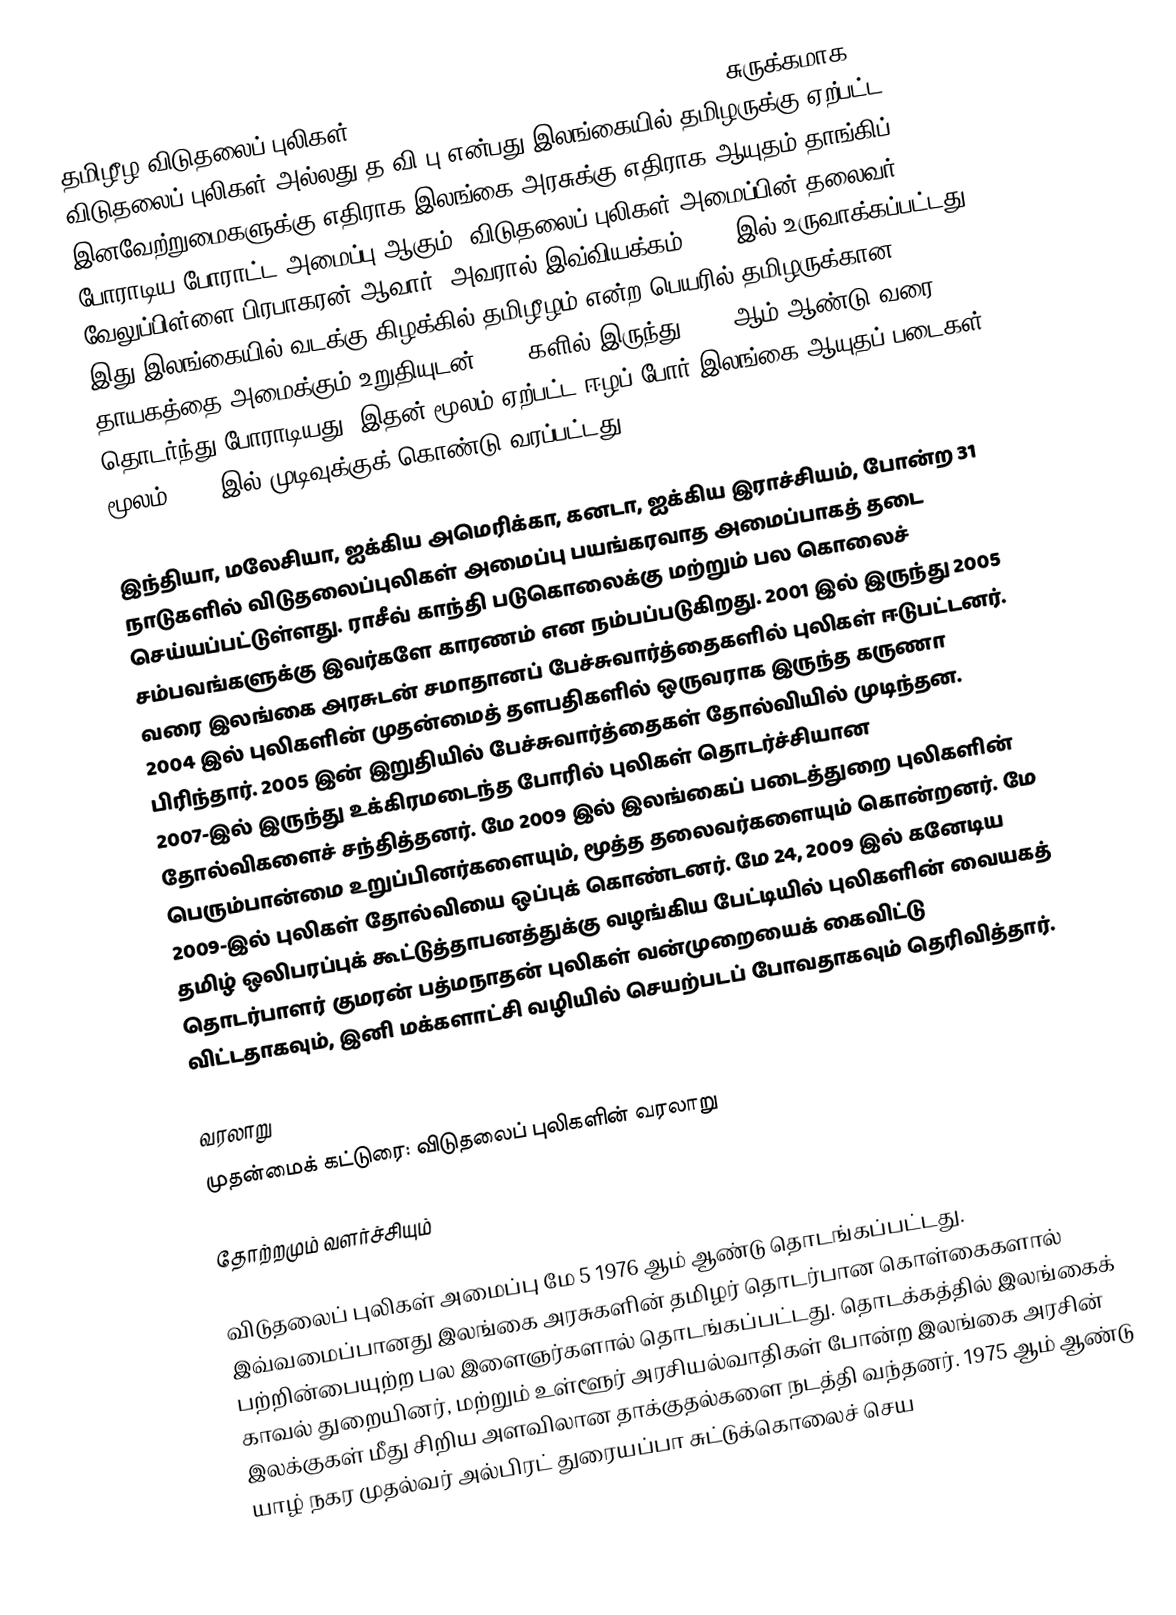
தமிழீழ விடுதலைப் புலிகள் (Liberation Tigers of Tamil Eelam, LTTE) சுருக்கமாக விடுதலைப் புலிகள் அல்லது த.வி.பு என்பது இலங்கையில் தமிழருக்கு ஏற்பட்ட இனவேற்றுமைகளுக்கு எதிராக இலங்கை அரசுக்கு எதிராக ஆயுதம் தாங்கிப் போராடிய போராட்ட அமைப்பு ஆகும். விடுதலைப் புலிகள் அமைப்பின் தலைவர் வேலுப்பிள்ளை பிரபாகரன் ஆவார். அவரால் இவ்வியக்கம் 1976 இல் உருவாக்கப்பட்டது. இது இலங்கையில் வடக்கு-கிழக்கில் தமிழீழம் என்ற பெயரில் தமிழருக்கான தாயகத்தை அமைக்கும் உறுதியுடன் 1976 களில் இருந்து 2009 ஆம் ஆண்டு வரை தொடர்ந்து போராடியது. இதன் மூலம் ஏற்பட்ட ஈழப் போர் இலங்கை ஆயுதப் படைகள் மூலம் 2009 இல் முடிவுக்குக் கொண்டு வரப்பட்டது.

இந்தியா, மலேசியா, ஐக்கிய அமெரிக்கா, கனடா, ஐக்கிய இராச்சியம், போன்ற 31 நாடுகளில் விடுதலைப்புலிகள் அமைப்பு பயங்கரவாத அமைப்பாகத் தடை செய்யப்பட்டுள்ளது. ராசீவ் காந்தி படுகொலைக்கு மற்றும் பல கொலைச் சம்பவங்களுக்கு இவர்களே காரணம் என நம்பப்படுகிறது. 2001 இல் இருந்து 2005 வரை இலங்கை அரசுடன் சமாதானப் பேச்சுவார்த்தைகளில் புலிகள் ஈடுபட்டனர்.  2004 இல் புலிகளின் முதன்மைத் தளபதிகளில் ஒருவராக இருந்த கருணா பிரிந்தார்.  2005 இன் இறுதியில் பேச்சுவார்த்தைகள் தோல்வியில் முடிந்தன.  2007-இல் இருந்து உக்கிரமடைந்த போரில் புலிகள் தொடர்ச்சியான தோல்விகளைச் சந்தித்தனர்.  மே 2009 இல் இலங்கைப் படைத்துறை புலிகளின் பெரும்பான்மை உறுப்பினர்களையும், மூத்த தலைவர்களையும் கொன்றனர்.  மே 2009-இல் புலிகள் தோல்வியை ஒப்புக் கொண்டனர். மே 24, 2009 இல் கனேடிய தமிழ் ஒலிபரப்புக் கூட்டுத்தாபனத்துக்கு வழங்கிய பேட்டியில் புலிகளின் வையகத் தொடர்பாளர் குமரன் பத்மநாதன் புலிகள் வன்முறையைக் கைவிட்டு விட்டதாகவும், இனி மக்களாட்சி வழியில் செயற்படப் போவதாகவும் தெரிவித்தார்.

வரலாறு
முதன்மைக் கட்டுரை: விடுதலைப் புலிகளின் வரலாறு

தோற்றமும் வளர்ச்சியும்

விடுதலைப் புலிகள் அமைப்பு மே 5 1976 ஆம் ஆண்டு தொடங்கப்பட்டது. இவ்வமைப்பானது இலங்கை அரசுகளின் தமிழர் தொடர்பான கொள்கைகளால் பற்றின்பையுற்ற பல இளைஞர்களால் தொடங்கப்பட்டது. தொடக்கத்தில் இலங்கைக் காவல் துறையினர், மற்றும் உள்ளூர் அரசியல்வாதிகள் போன்ற இலங்கை அரசின் இலக்குகள் மீது சிறிய அளவிலான தாக்குதல்களை நடத்தி வந்தனர். 1975 ஆம் ஆண்டு யாழ் நகர முதல்வர் அல்பிரட் துரையப்பா சுட்டுக்கொலைச் செய